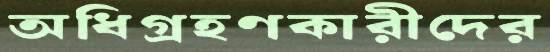
অধিগ্রহণকারীদের